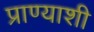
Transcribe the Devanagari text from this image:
प्राण्याशी